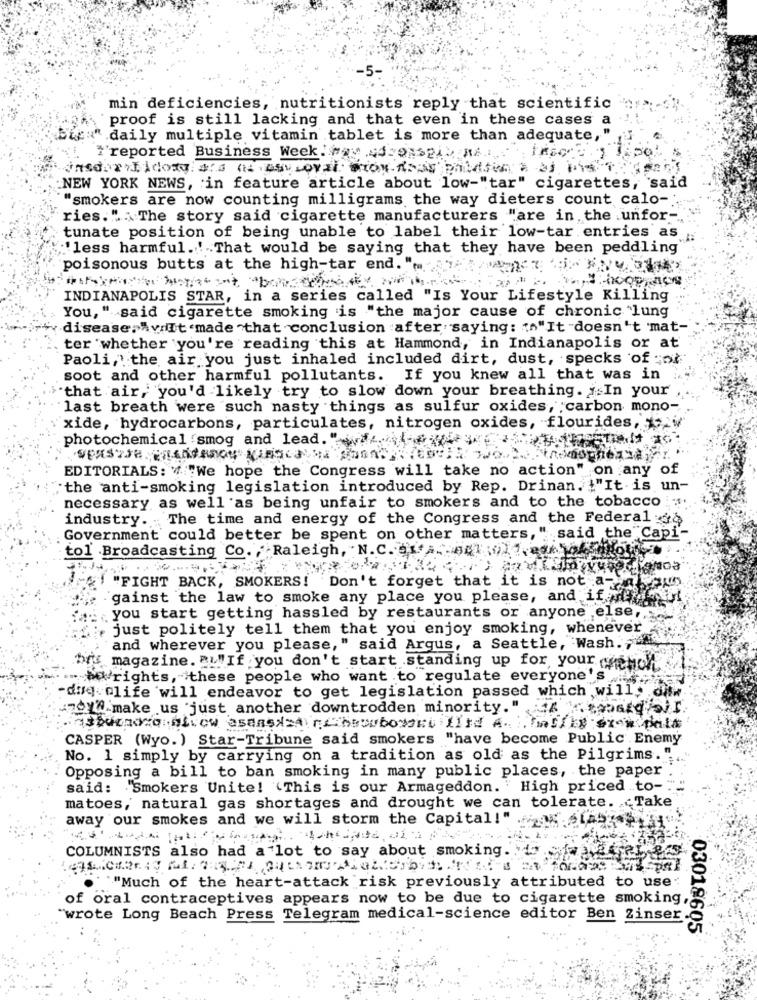
min deficiencies, nutritionists reply that scientific
proof is still lacking and that even in these cases a
Bien" daily multiple vitamin tablet is more than adequate,
#'reported Business Week. Way 44 ON>, ".
NEW YORK NEWS, in feature article about low-"tar" cigarettes, said
"smokers are now counting milligrams the way dieters count calo -.
ries." . The story said cigarette manufacturers "are in the unfor-
tunate position of being unable to label their low-tar entries as
'less harmful.' That would be saying that they have been peddling
poisonous butts at the high-tar end. ".
INDIANAPOLIS STAR, in a series called "Is Your Lifestyle Killing
You, " said cigarette smoking is "the major cause of chronic "lung
disease. AviIt made that conclusion :after" saying: (s"It doesn't mat-
ter whether you're reading this at Hammond, in Indianapolis or at
Paoli,"the air you just inhaled included dirt, dust, specks of ;ot
soot and other harmful pollutants. If you knew all that was in
"that air, you'd likely try to slow down your breathing. j.In your
last breath were such nasty things as sulfur oxides, carbon mono-
xide, hydrocarbons, particulates, nitrogen oxides, flourides,"
photochemical smog and lead. "
EDITORIALS: "# "We hope the Congress will take no action" on any of
" the anti-smoking legislation introduced by Rep. Drinan. "It is un-
necessary as well as being unfair to smokers and to the tobacco ;
industry. The time and energy of the Congress and the Federal
Government could better be spent on other matters, " said the Capi'"
tol Broadcasting Co. Raleigh, N.C. 01.A. 001;)1.dk
"FIGHT BACK, SMOKERS! Don't forget that it is not a 5
gainst the law to smoke any place you please, and if
you start getting hassled by restaurants or anyone else,
just politely tell them that you enjoy smoking, whenever
and wherever you please," said Argus, a Seattle, Wash. ,
bff magazine. BL"If you don't start standing up for, your (wendt
rights, these people who want to regulate everyone's"
die. "life will endeavor to get legislation passed which will, o.
4701" make us just another downtrodden minority." A . $obstd'
CASPER (Wyo.) Star-Tribune said smokers "have become Public Enemy
No. 1 simply by carrying on a tradition as old as the Pilgrims.".
Opposing a bill to ban smoking in many public places, the paper
said: Smokers Unite! (This is our Armageddon. " High priced to-"
matoes, natural gas shortages and drought we can tolerate. Take
away our smokes and we will storm the Capital!"
COLUMNISTS also had a lot to say about smoking.
" ""Much of the heart-attack risk previously attributed to use
of oral contraceptives appears now to be due to cigarette smoking,
wrote Long Beach Press Telegram medical-science editor Ben Zinser
03018605